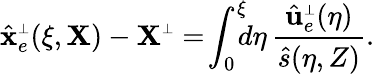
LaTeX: \hat{\mathbf x}_{e}^{\scriptscriptstyle\perp}(\xi,{\mathbf X})-{\mathbf X}^{\scriptscriptstyle\perp}=\! \int_{0}^{\xi}\! \! \! d\eta\, \frac{\hat{\mathbf u}_{e}^{\scriptscriptstyle\perp}(\eta)}{\hat{s}(\eta,Z)}.